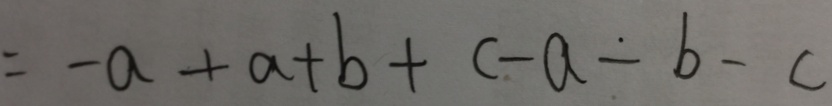
= - a + a + b + c - a - b - c